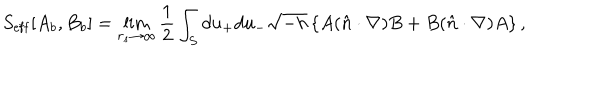
S _ { \mathrm { e f f } } [ A _ { b } , B _ { b } ] = \lim _ { r _ { s } \to \infty } { \frac { 1 } { 2 } } \int _ { S } d u _ { + } d u _ { - } \sqrt { - h } \left\{ A ( \hat { n } \cdot \nabla ) B + B ( \hat { n } \cdot \nabla ) A \right\} ,